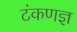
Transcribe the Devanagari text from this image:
टंकणज्ञ